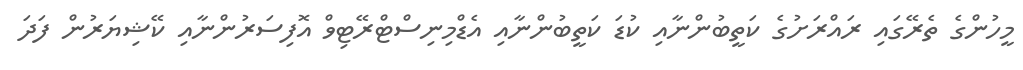
މީހުންގެ ތެރޭގައި ރައްރަށުގެ ކަތީބުންނާއި ކުޑަ ކަތީބުންނާއި އެޑްމިނިސްޓްރޭޓިވް އޮފިސަރުންނާއި ކޭޝިޔަރުން ފަދަ